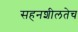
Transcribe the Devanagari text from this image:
सहनशीलतेच